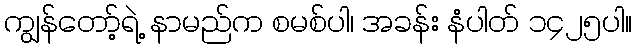
ကျွန်တော့်ရဲ့ နာမည်က စမစ်ပါ၊ အခန်း နံပါတ် ၁၄၂၅ပါ။